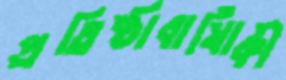
প্রতিষ্ঠাবার্ষিাকী